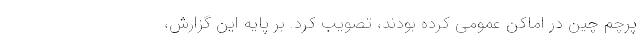
پرچم چین در اماکن عمومی کرده بودند، تصویب کرد. بر پایه این گزارش،